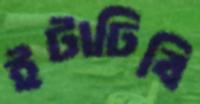
ইটাঢিবি